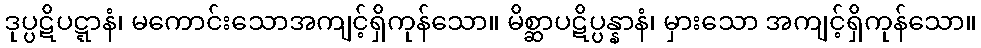
ဒုပ္ပဋိပဋ္ဋာနံ၊ မကောင်းသောအကျင့်ရှိကုန်သော။ မိစ္ဆာပဋိပ္ပန္နာနံ၊ မှားသော အကျင့်ရှိကုန်သော။